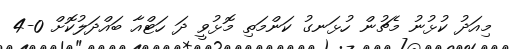
މިއަދު ކުޅުނު މެޗުން ހުޅަނގު ކަންމަތި މޮޅުވީ ދަ ހަޓްއާ ބައްދަލުކޮށް 0-4